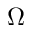
\Omega